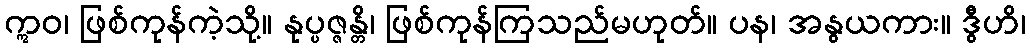
ဣဝ၊ ဖြစ်ကုန်ကဲ့သို့။ နုပ္ပဇ္ဇန္တိ၊ ဖြစ်ကုန်ကြသည်မဟုတ်။ ပန၊ အနွယကား။ ဒွီဟိ၊